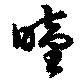
曇